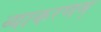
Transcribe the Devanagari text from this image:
व्याकरणम्